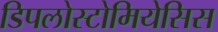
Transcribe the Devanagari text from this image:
डिपलोस्टोमियेसिस